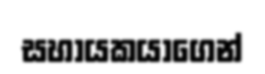
සහායකයාගෙන්